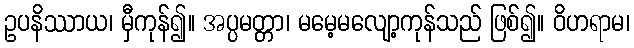
ဥပနိဿာယ၊ မှီကုန်၍။ အပ္ပမတ္တာ၊ မမေ့မလျော့ကုန်သည် ဖြစ်၍။ ဝိဟရာမ၊